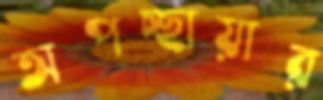
অপচ্ছায়ার